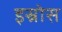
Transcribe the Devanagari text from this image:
इस्रोस